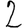
Digit: 2